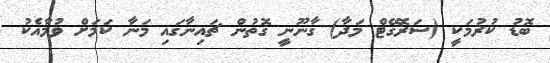
ބޮޑު ކުރުމަކީ (ސަރޮގޭޓް މަދާ) ގާނޫނީ ގޮތުން ޗައިނާގައި މަނާ ކަމަށް ވުމާއެކު